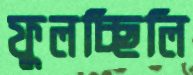
ফুলচ্ছিলি